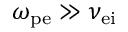
\omega _ { \mathrm { { p e } } } \gg \nu _ { \mathrm { e i } }